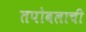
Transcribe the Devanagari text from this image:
तपोबलाची